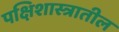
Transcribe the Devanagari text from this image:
पक्षिशास्त्रातील